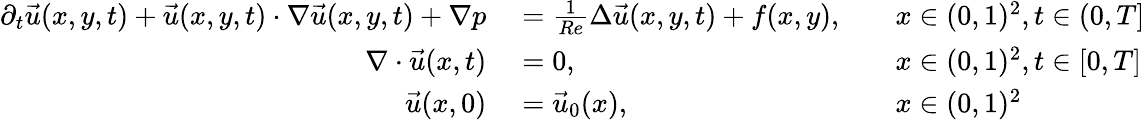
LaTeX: \begin{array}{rlrl}{\partial_{t}\vec{u}(x,y,t)+\vec{u}(x,y,t)\cdot\nabla\vec{u}(x,y,t)+\nabla p}&{{}=\frac{1}{Re}\Delta\vec{u}(x,y,t)+f(x,y),}&{}&{{}x\in(0,1)^{2},t\in(0,T]}\\ {\nabla\cdot\vec{u}(x,t)}&{{}=0,}&{}&{{}x\in(0,1)^{2},t\in[0,T]}\\ {\vec{u}(x,0)}&{{}=\vec{u}_{0}(x),}&{}&{{}x\in(0,1)^{2}}\end{array}